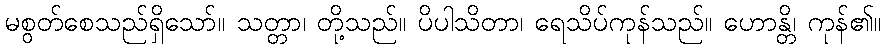
မစွတ်စေသည်ရှိသော်။ သတ္တာ၊ တို့သည်။ ပိပါသိတာ၊ ရေသိပ်ကုန်သည်။ ဟောန္တိ၊ ကုန်၏။